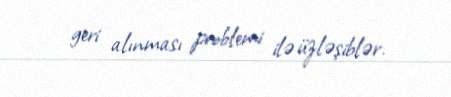
geri alınması problemi ilə üzləşiblər.